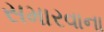
સમારવાના